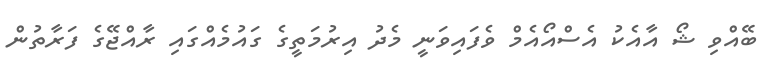
ބޭއްވި ޝޯ އާއެކު އެސްއޯއެމް ވެފައިވަނީ މެދު އިރުމަތީގެ ގައުމެއްގައި ރާއްޖޭގެ ފަރާތުން